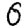
Digit: 0